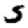
Digit: 5